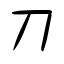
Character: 刀